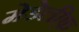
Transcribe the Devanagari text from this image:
मेडेलीफ़